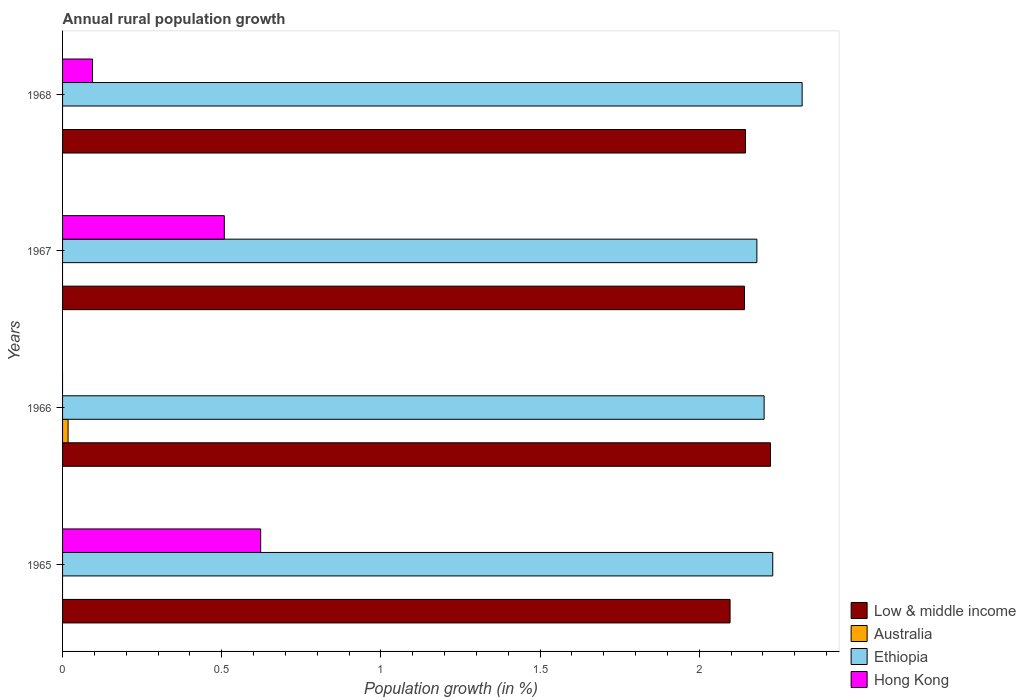
| Years | Low & middle income | Australia | Ethiopia | Hong Kong |
 | --- | --- | --- | --- | --- |
 | 1965 | 2.1 | -0.286 | 2.23 | 0.622 |
 | 1966 | 2.22 | 0.0173 | 2.2 | -1.12 |
 | 1967 | 2.14 | -1.01 | 2.18 | 0.508 |
 | 1968 | 2.15 | -0.517 | 2.32 | 0.0941 |